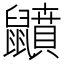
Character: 𪖅